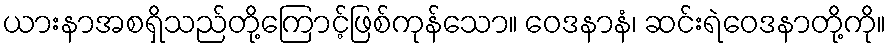
ယားနာအစရှိသည်တို့ကြောင့်ဖြစ်ကုန်သော။ ဝေဒနာနံ၊ ဆင်းရဲဝေဒနာတို့ကို။